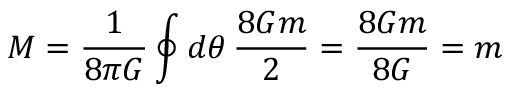
M = { \frac { 1 } { 8 \pi G } } \oint d \theta \, { \frac { 8 G m } { 2 } } = { \frac { 8 G m } { 8 G } } = m